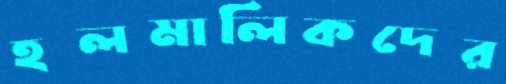
হলমালিকদের